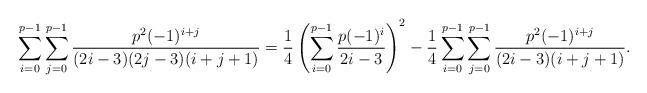
LaTeX: \begin{align*}\sum_{i=0}^{p-1}\sum_{j=0}^{p-1}\frac{p^2(-1)^{i+j}}{(2i-3)(2j-3)(i+j+1)}=\frac{1}{4}\left(\sum_{i=0}^{p-1}\frac{p(-1)^{i}}{2i-3}\right)^2-\frac{1}{4}\sum_{i=0}^{p-1}\sum_{j=0}^{p-1}\frac{p^2(-1)^{i+j}}{(2i-3)(i+j+1)}. \end{align*}